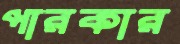
পারকার